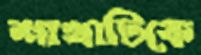
শাখাটিকে